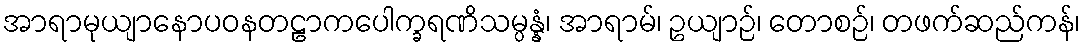
အာရာမုယျာနောပဝနတဠာကပေါက္ခရဏိသမ္ပန္နံ၊ အာရာမ်၊ ဥယျာဉ်၊ တောစဉ်၊ တဖက်ဆည်ကန်၊